Indian journal of veterinary science and animal husbandry - Volumes 24-25, 1954-1955
Year: 1954
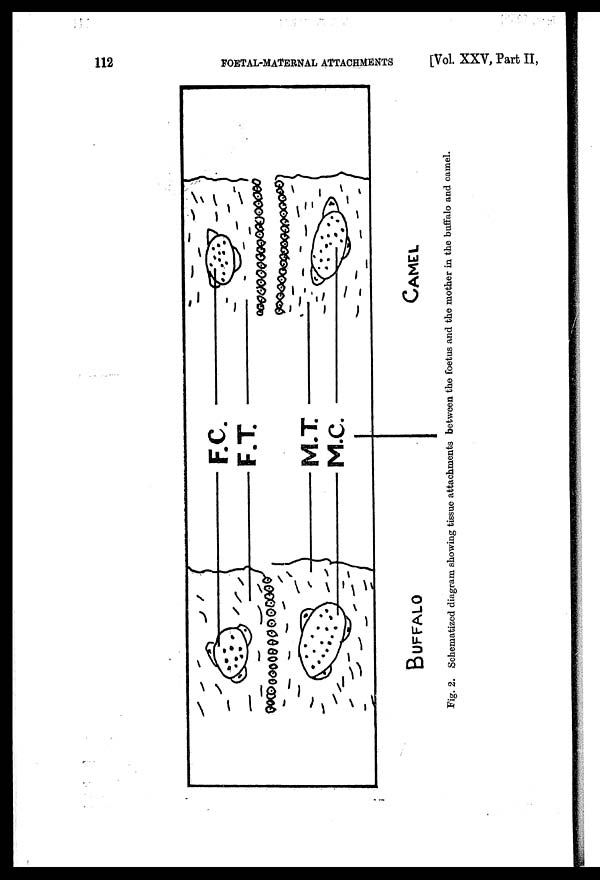
112
FOETAL-MATERNAL ATTACHMENTS
[Vol. XXV, Part II,
Fig. 2. Schematized diagram showing tissue attachments between the foetus and the mother in the buffalo and camel.